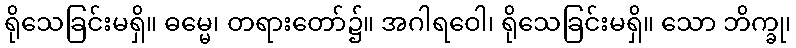
ရိုသေခြင်းမရှိ။ ဓမ္မေ၊ တရားတော်၌။ အဂါရဝေါ၊ ရိုသေခြင်းမရှိ။ သော ဘိက္ခု၊